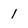
Character: l